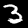
Label: 3